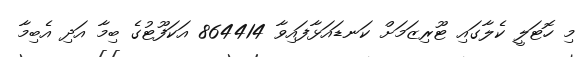
މި ހޮޓަލީ ކެލާގައި ޓޫރިޒަމަށް ކަނޑައަޅާފައިވާ 864414 އަކަފޫޓުގެ ބިމާ އަދި އެބިމާ